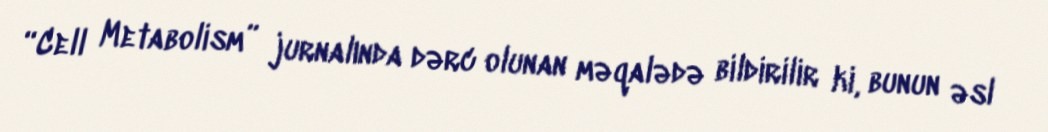
“Cell Metabolism” jurnalında dərc olunan məqalədə bildirilir ki, bunun əsl